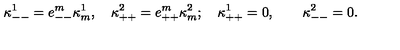
\kappa _ { -- } ^ { 1 } = e _ { -- } ^ { m } \kappa _ { m } ^ { 1 } , \quad \kappa _ { + + } ^ { 2 } = e _ { + + } ^ { m } \kappa _ { m } ^ { 2 } ; \quad \kappa _ { + + } ^ { 1 } = 0 , \quad \quad \kappa _ { -- } ^ { 2 } = 0 .